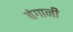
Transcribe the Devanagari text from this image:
बंगानी